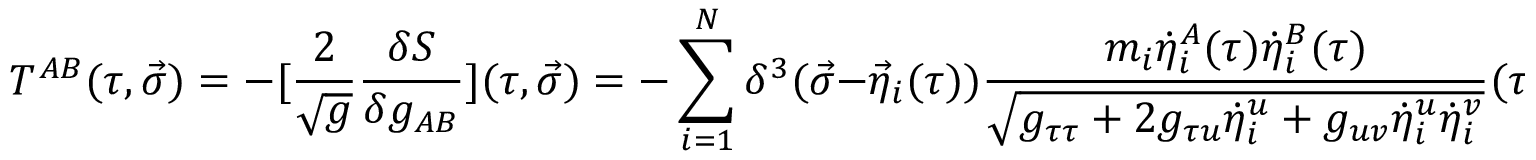
T ^ { A B } ( \tau , \vec { \sigma } ) = - [ { \frac { 2 } { \sqrt { g } } } { \frac { \delta S } { \delta g _ { A B } } } ] ( \tau , \vec { \sigma } ) = - \sum _ { i = 1 } ^ { N } \delta ^ { 3 } ( \vec { \sigma } - { \vec { \eta } } _ { i } ( \tau ) ) { \frac { m _ { i } { \dot { \eta } } _ { i } ^ { A } ( \tau ) { \dot { \eta } } _ { i } ^ { B } ( \tau ) } { \sqrt { g _ { \tau \tau } + 2 g _ { \tau u } { \dot { \eta } } _ { i } ^ { u } + g _ { u v } { \dot { \eta } } _ { i } ^ { u } { \dot { \eta } } _ { i } ^ { v } } } } ( \tau , \vec { \sigma } ) .